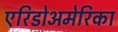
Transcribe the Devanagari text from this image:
एरिडोअमेरिका